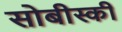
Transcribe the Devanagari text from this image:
सोबीस्की